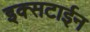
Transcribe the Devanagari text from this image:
इक्सटाईन